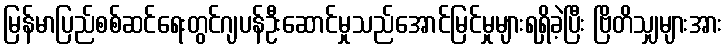
မြန်မာပြည်စစ်ဆင်ရေးတွင်ဂျပန်ဦးဆောင်မှုသည်အောင်မြင်မှုများရရှိခဲ့ပြီး ဗြိတိသျှများအား